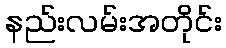
နည်းလမ်းအတိုင်း